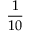
\frac { 1 } { 1 0 }